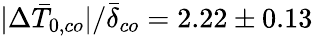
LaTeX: |\Delta\bar{T}_{0,co}|/\bar{\delta}_{co}=2.22\pm 0.13